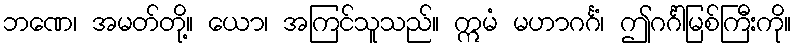
ဘဏေ၊ အမတ်တို့။ ယော၊ အကြင်သူသည်။ ဣမံ မဟာဂင်္ဂံ၊ ဤဂင်္ဂါမြစ်ကြီးကို။